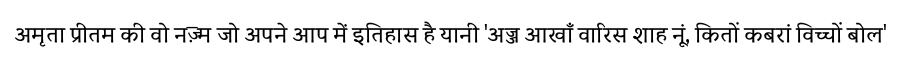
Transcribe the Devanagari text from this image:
अमृता प्रीतम की वो नज़्म जो अपने आप में इतिहास है यानी 'अज्ज आखाँ वारिस शाह नूं, कितों कबरां विच्चों बोल'